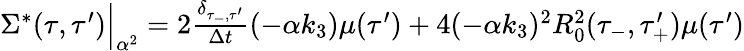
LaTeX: \begin{array}{r}{\Sigma^{*}(\tau,\tau^{\prime})\Big|_{\alpha^{2}}=2\frac{\delta_{\tau_{-},\tau^{\prime}}}{\Delta t}(-\alpha k_{3})\mu(\tau^{\prime})+4(-\alpha k_{3})^{2}R_{0}^{2}(\tau_{-},\tau_{+}^{\prime})\mu(\tau^{\prime})}\end{array}